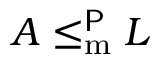
A \leq _ { \mathrm { { m } } } ^ { \mathsf { P } } L